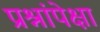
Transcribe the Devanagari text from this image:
प्रश्नांपेक्षा